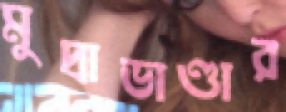
মুদ্রাভাণ্ডার